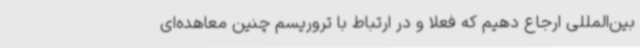
بین‌المللی ارجاع دهیم که فعلا و در ارتباط با تروریسم چنین معاهده‌ای